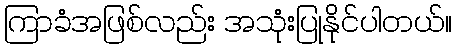
ကြာခံအဖြစ်လည်း အသုံးပြုနိုင်ပါတယ်။